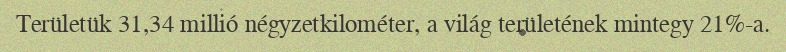
Területük 31,34 millió négyzetkilométer, a világ területének mintegy 21%-a.